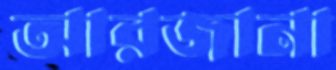
আরজানা